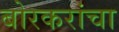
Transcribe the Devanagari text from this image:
बोरकरांचा